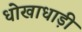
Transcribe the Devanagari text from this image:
धोखाधाड़ी